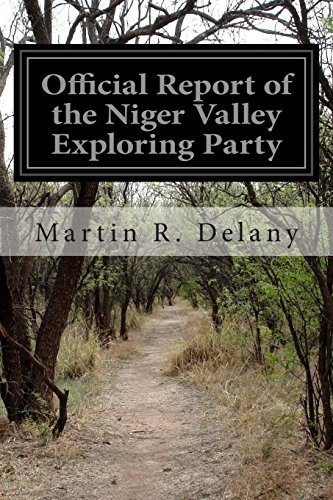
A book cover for Official Report of the Niger Valley Exploring Party; Martin R. Delany; Travel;